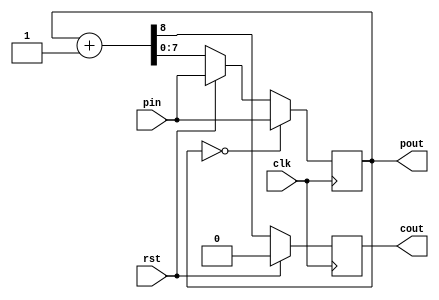
module clkdiv8(input clk,input rst,input [7:0] pin, output reg cout, output reg [7:0] pout);
    always @(posedge clk) begin
        if (rst) begin pout <= pin; cout <= 1'b0; end
        else {cout, pout} <= pout + 8'b00000001;
        if (pout == 8'b00000000) pout <= pin;
    end
endmodule